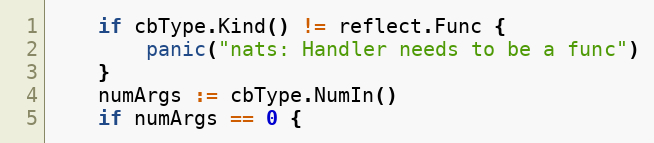
Language: Go
	if cbType.Kind() != reflect.Func {
		panic("nats: Handler needs to be a func")
	}
	numArgs := cbType.NumIn()
	if numArgs == 0 {